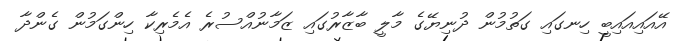
އޭއައިއައިބީ ހިނގައި ގަތުމުން ދުނިޔޭގެ މާލީ ބާޒާރުގައި ޒަމާނުއްސުރެ އެމެރިކާ ހިންގަމުން ގެންދާ